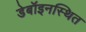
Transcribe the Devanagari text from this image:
डेबॉइनस्थित